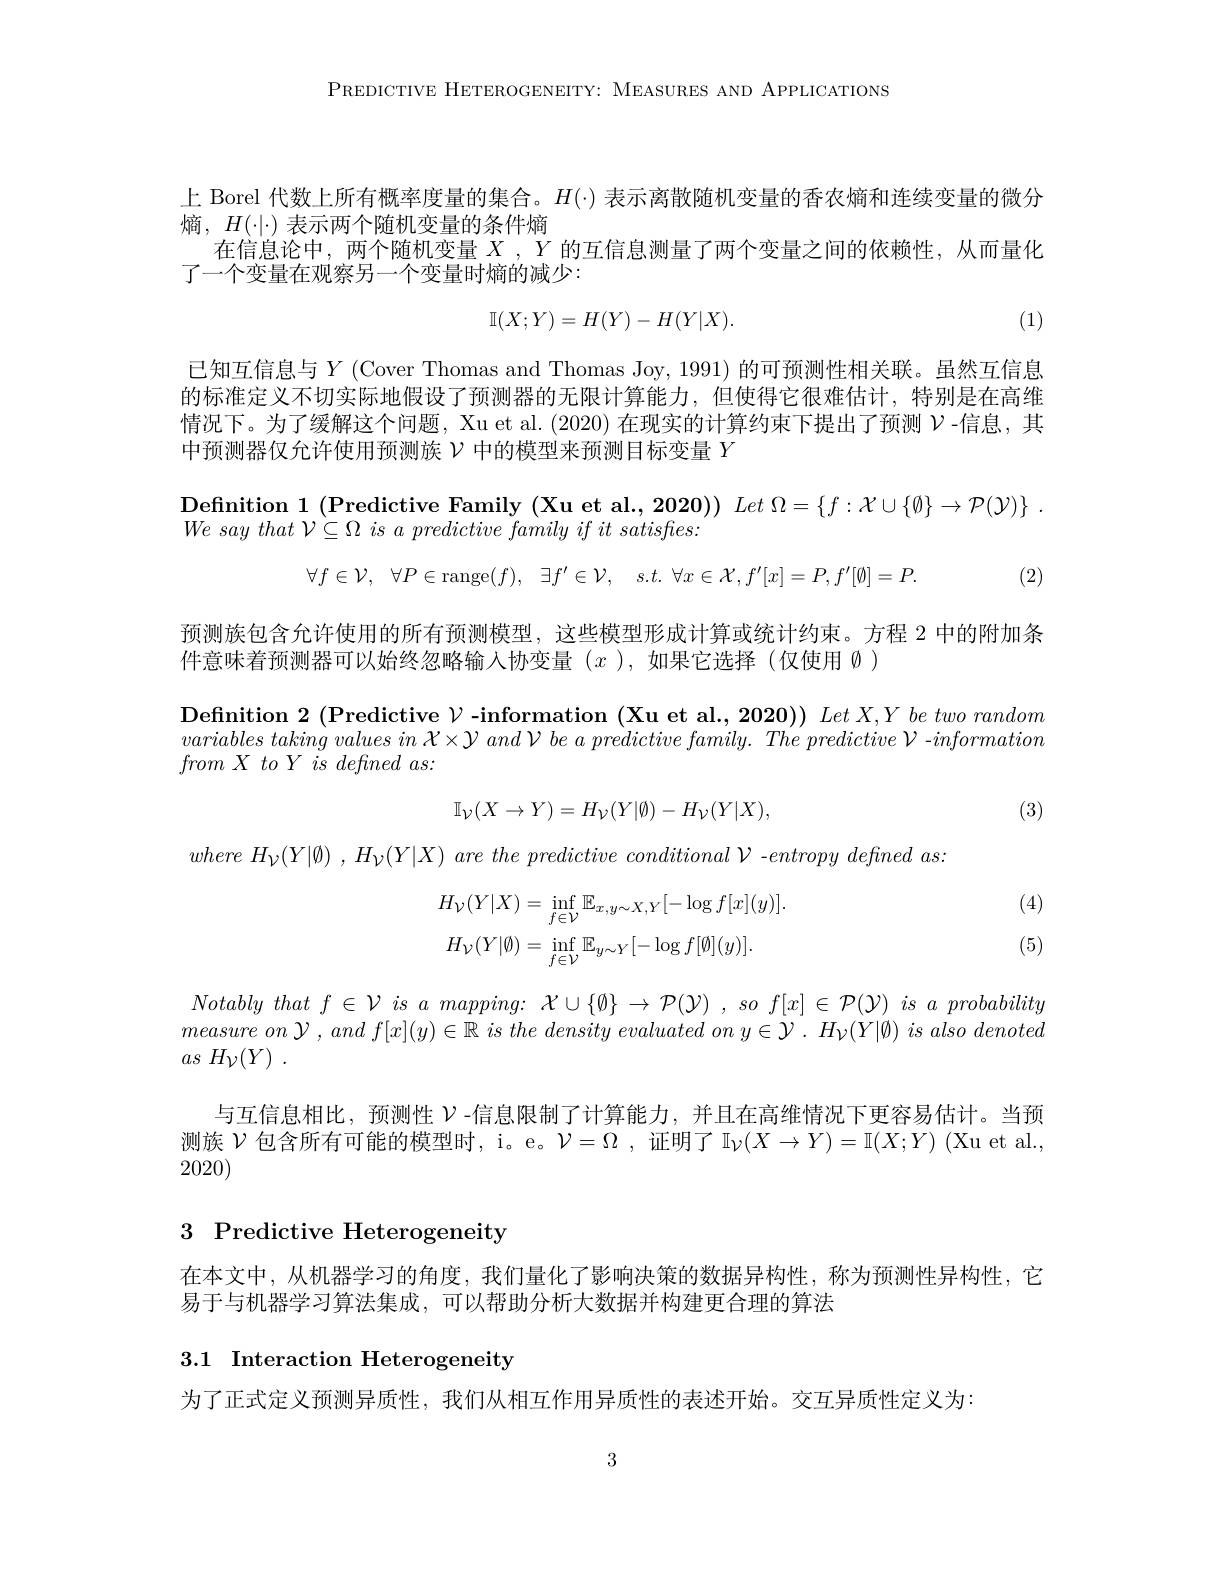
PREDICTIVE HETEROGENEITY: MEASURES AND APPLICATIONS

上 Borel 代数上所有概率度量的集合。$H(\cdot)$表示离散随机变量的香农熵和连续变量的微分
熵，$H(\cdot|\cdot)$表示两个随机变量的条件熵
在信息论中，两个随机变量$X$ , $Y$的互信息测量了两个变量之间的依赖性，从而量化
了一个变量在观察另一个变量时熵的减少：

(1)
$$\mathbb{I}(X;Y)=H(Y)-H(Y|X).$$
已知互信息与$Y$ (Cover Thomas and Thomas Joy, 1991) 的可预测性相关联。虽然互信息的标准定义不切实际地假设了预测器的无限计算能力，但使得它很难估计，特别是在高维情况下。为了缓解这个问题，Xu et al. (2020) 在现实的计算约束下提出了预测$\nu$ -信息，其中预测器仅允许使用预测族$\mathcal{V}$中的模型来预测目标变量$Y$

$We\textit{ say that V}\subseteq \Omega \textit{ is a predictive family if it satisfies: }$
$$\forall f\in\mathcal{V},\quad\forall P\in\operatorname{range}(f),\quad\exists f'\in\mathcal{V},\quad s.t.\:\forall x\in\mathcal{X},f'[x]=P,f'[\emptyset]=P.$$
(2)

预测族包含允许使用的所有预测模型，这些模型形成计算或统计约束。方程 2 中的附加条

件意味着预测器可以始终忽略输入协变量$(x$ ),如果它选择 (仅使用$\emptyset$ )

Definition 2 (Predictive $\nu$ -information (Xu et al., 2020)) Let X,Y be two random

$\begin{array}{l}variables\:taking\:values\:in\:\mathcal{X}\times\mathcal{Y}\:and\:\mathcal{V}\:be\:a\:predictive\:family.\:The\:predictive\:\mathcal{V}\:-information\\from\:X\:to\:Y\:is\:defned\:as:\end{array}$

(3)
$$\mathbb{I}_{\mathcal{V}}(X\to Y)=H_{\mathcal{V}}(Y|\emptyset)-H_{\mathcal{V}}(Y|X),$$
(4)

where $H_{\mathcal{V} }( Y| \emptyset )$ , $H_{\mathcal{V} }( Y| X)$ are the predictive conditional $\mathcal{V}$ $- entropy$ defined $as:$
$$H_{\mathcal{V}}(Y|X)=\inf_{f\in\mathcal{V}}\mathbb{E}_{x,y\sim X,Y}[-\log f[x](y)].\\H_{\mathcal{V}}(Y|\emptyset)=\inf_{f\in\mathcal{V}}\mathbb{E}_{y\sim Y}[-\log f[\emptyset](y)].$$
(5)

$\begin{array}{c}{Notably~that~f\in\mathcal{V}~is~a~mapping:~\mathcal{X}\cup\{\emptyset\}\to\mathcal{P}(\mathcal{Y})~,~so~f[x]~\in\mathcal{P}(\mathcal{Y})~is~a~probability}\\{measure~on~\mathcal{Y}~,~and~f[x](y)\in\mathbb{R}~is~the~density~evaluated~on~y\in\mathcal{Y}.~H\nu(Y|\emptyset)~is~also~denoted}\end{array}$
$as$ $H_{\mathcal{V} }( Y)$ .

与互信息相比，预测性$\nu$ -信息限制了计算能力，并且在高维情况下更容易估计。当预测族$\mathcal{V}$包含所有可能的模型时，i。e。$\mathcal{V} = \Omega$ , 证明了$\mathbb{I}_{\mathcal{V}}(X\to Y)=\mathbb{I}(X;Y)$ (Xu et al. 2020)

## 3 Predictive Heterogeneity

在本文中，从机器学习的角度，我们量化了影响决策的数据异构性，称为预测性异构性，它
易于与机器学习算法集成，可以帮助分析大数据并构建更合理的算法

### 3.1 Interaction Heterogeneity

为了正式定义预测异质性，我们从相互作用异质性的表述开始。交互异质性定义为：

3